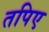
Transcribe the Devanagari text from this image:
तपिए